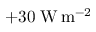
+ 3 0 \; \mathrm { W } \, \mathrm { m } ^ { - 2 }